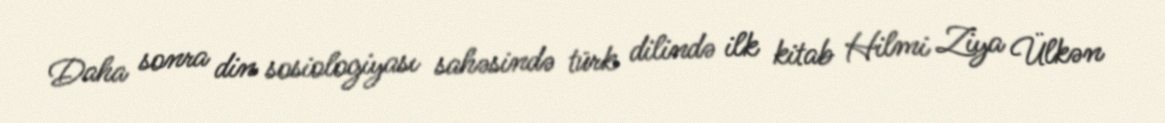
Daha sonra din sosiologiyası sahəsində türk dilində ilk kitab Hilmi Ziya Ülkən